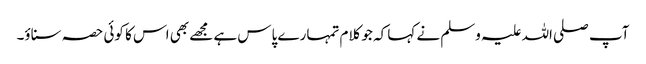
آپ صلی اللہ علیہ وسلم نے کہا کہ جو کلام تمہارے پاس ہے مجھے بھی اس کا کوئی حصہ سناؤ۔